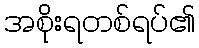
အစိုးရတစ်ရပ်၏